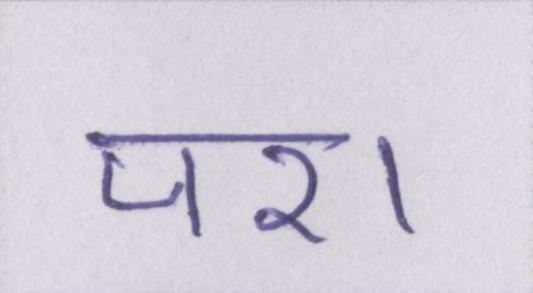
पर।